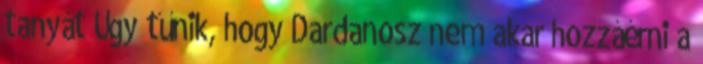
tanyát Úgy tűnik, hogy Dardanosz nem akar hozzáérni a